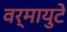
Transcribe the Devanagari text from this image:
वर्मायुटे